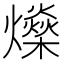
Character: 𤒇